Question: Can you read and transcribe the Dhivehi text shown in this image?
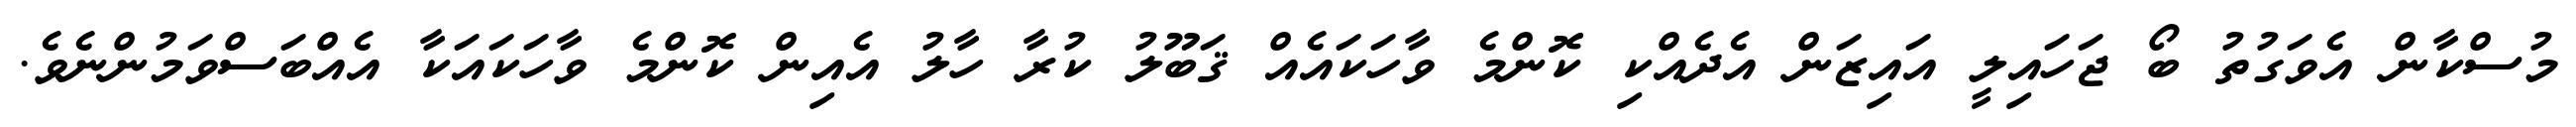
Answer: މުސްކާން އެވަގުތު ބޯ ޖަހައިލީ އައިޒަން އެދެއްކި ކޮންމެ ވާހަކައެއް ޤަބޫލު ކުރާ ހާލު އެއިން ކޮންމެ ވާހަކައަކާ އެއްބަސްވަމުންނެވެ.